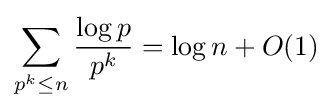
\sum _{p^{k}\leq n}{\frac {\log p}{p^{k}}}=\log n+O(1)